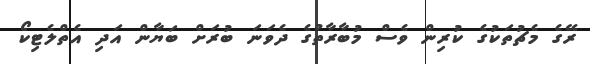
ރޭގެ މެޗުތަކުގެ ކުރިން ވެސް މުބާރާތުގެ ދެވަނަ ބުރަށް ބަޔާން އަދި އެތްލެޓިކޯ